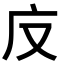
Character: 𭙎